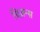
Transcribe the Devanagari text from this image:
प्रिज़न्स